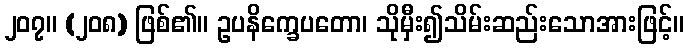
၂၀၇။ (၂၀၈) ဖြစ်၏။ ဥပနိက္ခေပတော၊ သိုမှီး၍သိမ်းဆည်းသောအားဖြင့်။